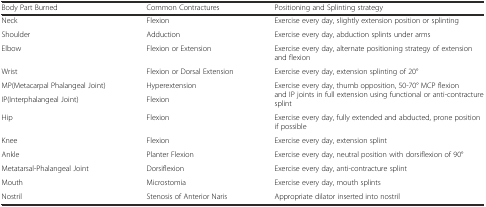
| Body Part Burned | Common Contractures | Positioning and Splinting strategy |
 | --- | --- | --- |
 | Neck | Flexion | Exercise every day, slightly extension position or splinting |
 | Shoulder | Adduction | Exercise every day, abduction splints under arms |
 | Elbow | Flexion or Extension | Exercise every day, alternate positioning strategy of extension and flexion |
 | Wrist | Flexion or Dorsal Extension | Exercise every day, extension splinting of 20° |
 | MP(Metacarpal Phalangeal Joint) | Hyperextension | <ROWSPAN=2> Exercise every day, thumb opposition, 50-70° MCP flexion and IP joints in full extension using functional or anti-contracture splint |
 | IP(Interphalangeal Joint) | Flexion |
 | Hip | Flexion | Exercise every day, fully extended and abducted, prone position if possible |
 | Knee | Flexion | Exercise every day, extension splint |
 | Ankle | Planter Flexion | Exercise every day, neutral position with dorsiflexion of 90° |
 | Metatarsal-Phalangeal Joint | Dorsiflexion | Exercise every day, anti-contracture splint |
 | Mouth | Microstomia | Exercise every day, mouth splints |
 | Nostril | Stenosis of Anterior Naris | Appropriate dilator inserted into nostril |